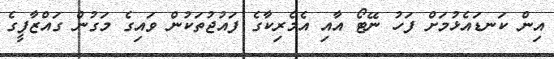
އިން ކަނޑައެޅުމަށް ފަހު ނޭޓޯ އާއި އެމެރިކާގެ ފައުޖުތަކުން ވައިގެ މަގުން ގައްޒާފީގެ